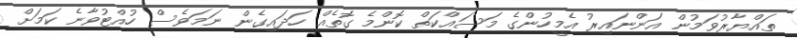
ތައްޔާރުވަމުން އަންނައިރު އެމީހުންގެ މަސައްކަތް ކޮންމެ ގޮތެއް ހަދައިގެން ނަމަވެސް ހުއްޓުވާނެ ކަމަށް